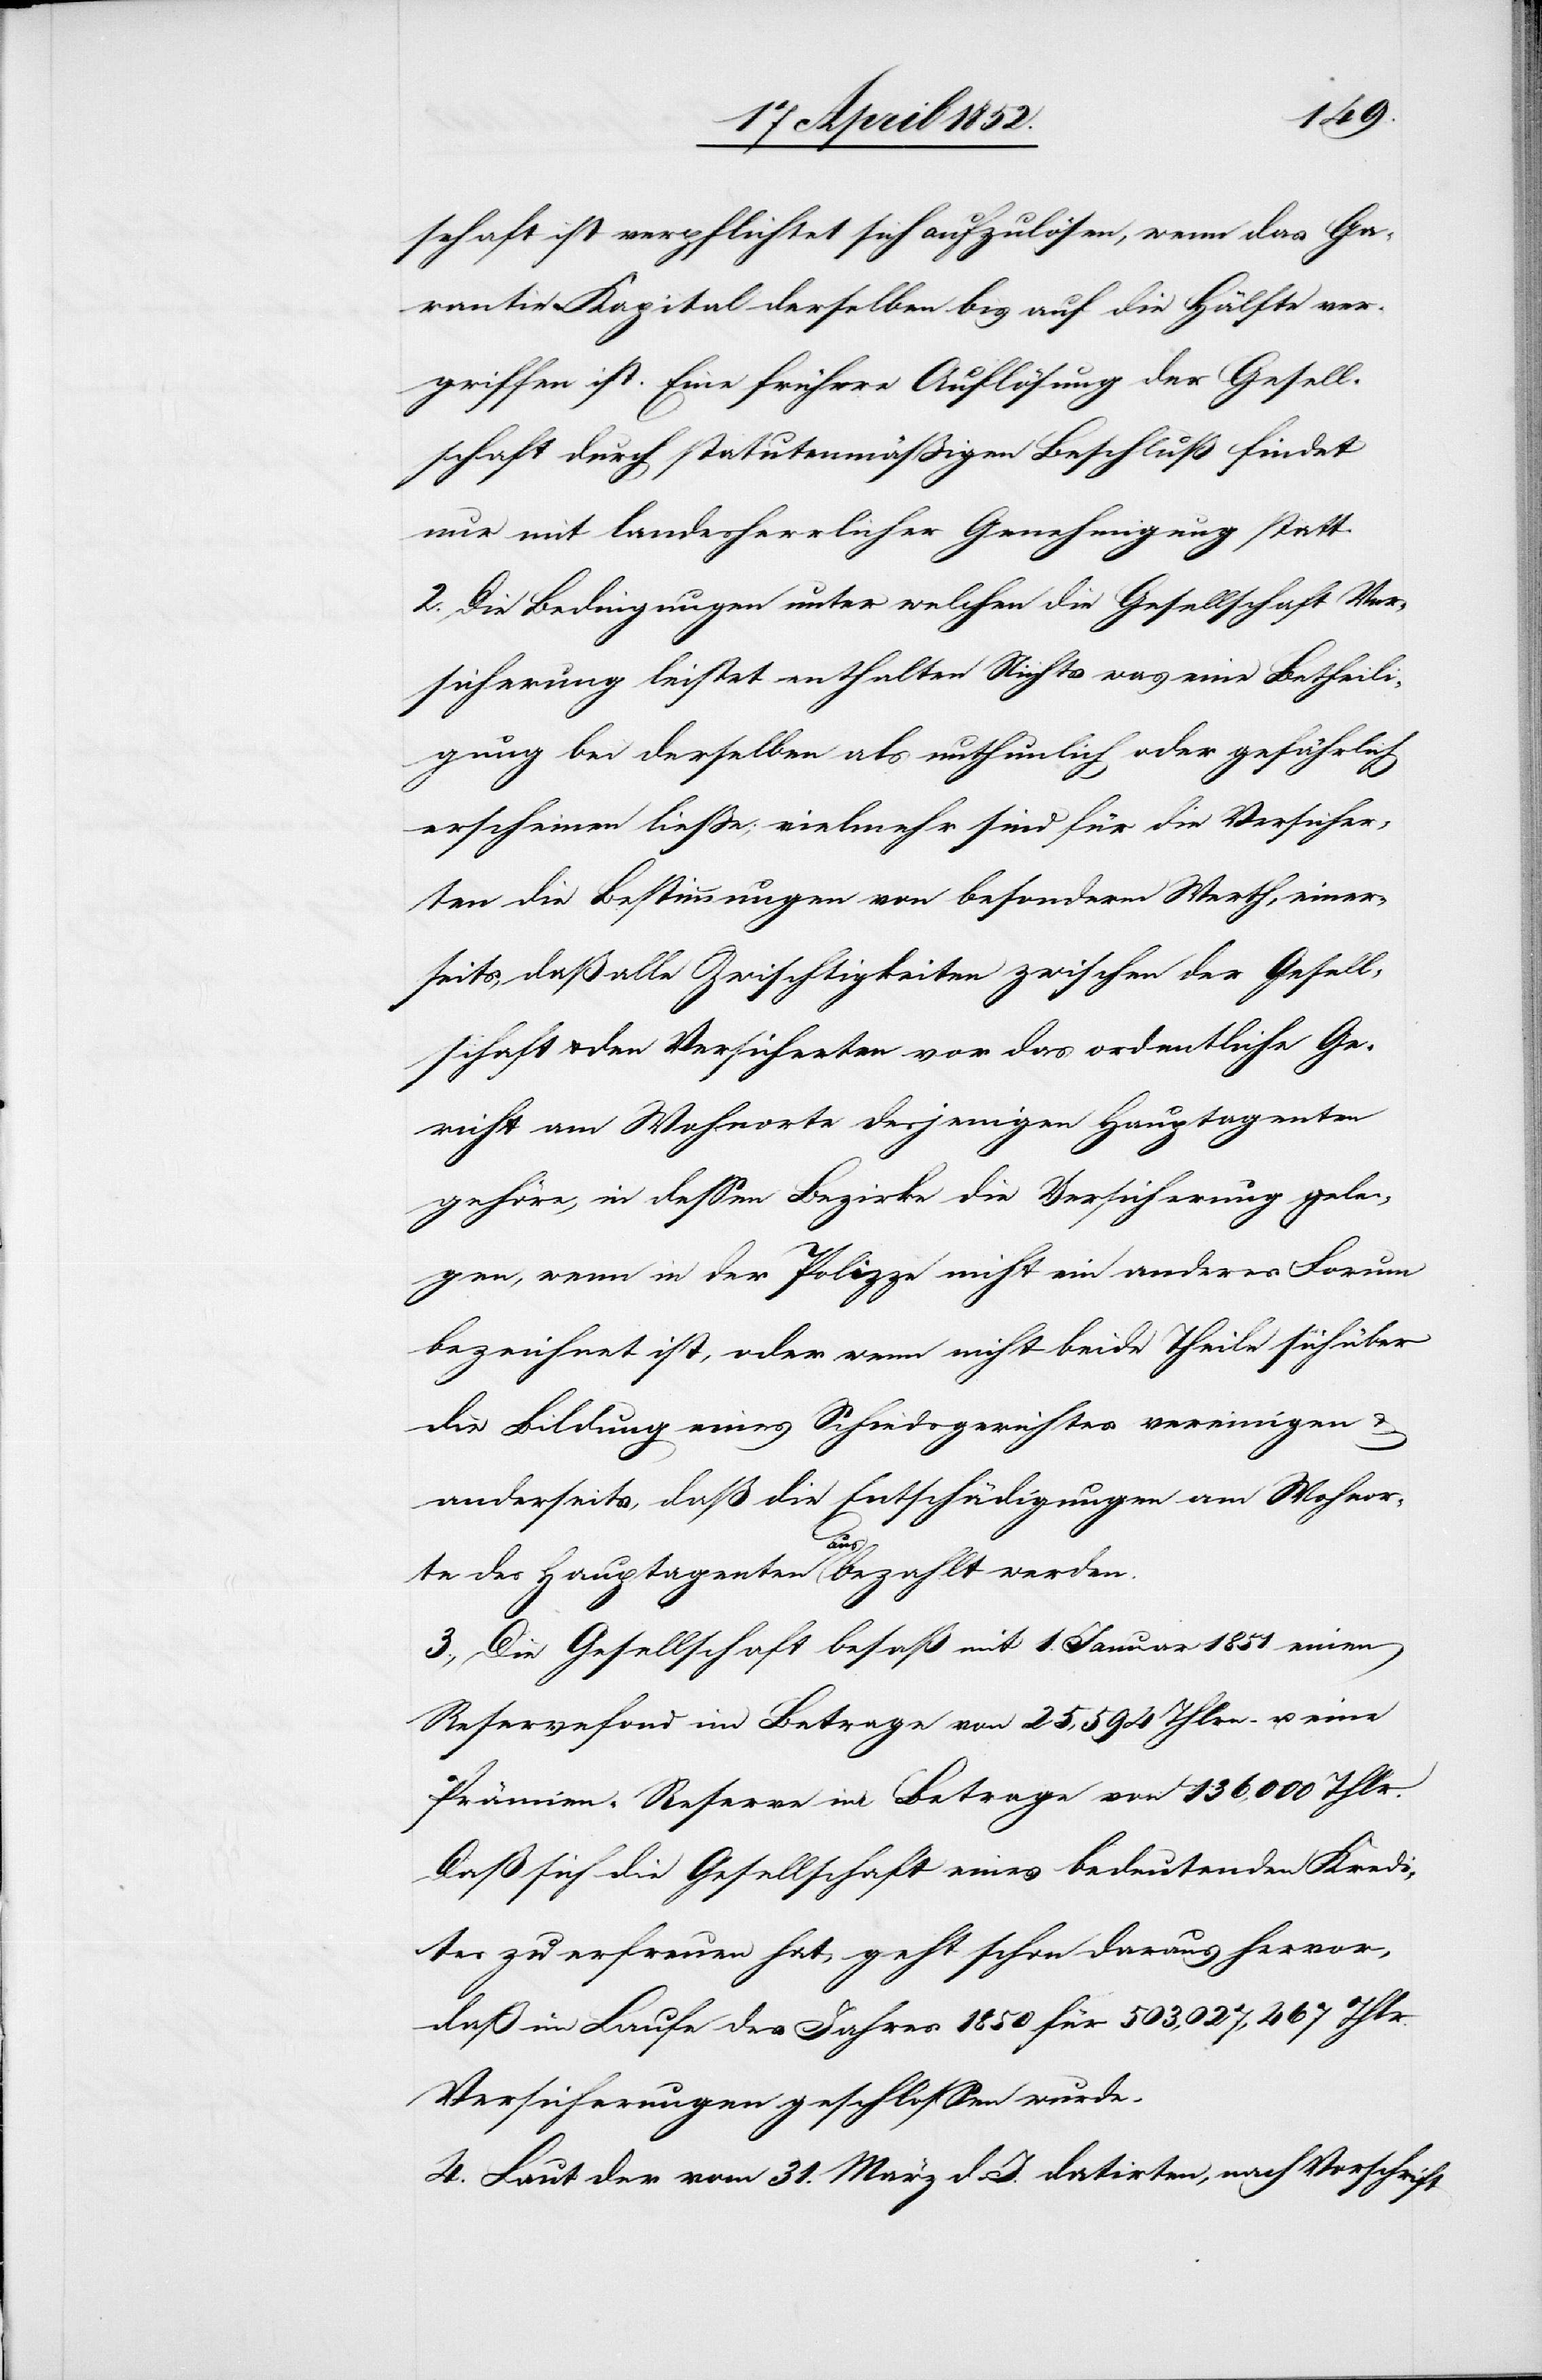
schaft ist verpflichtet sich aufzulösen, wenn das Ga¬
rantie-Kapital derselben bis auf die Hälfte ver¬
griffen ist. Eine frühere Auflösung der Gesell¬
schaft durch statutenmässigen Beschluß findet
nur mit landesherrlicher Genehmigung statt.
2. Die Bedingungen unter welchen die Gesellschaft Ver¬
sicherung leistet enthalten Nichts was eine Betheili¬
gung bei derselben als unthunlich oder gefährlich
erscheinen liesse; vielmehr sind für die Versicher¬
ten die Bestimmungen von besonderm Werth, einer¬
seits, daß alle Zwischtigkeiten [recte: Zwisti¬
schaft & den Versicherten vor das ordentliche Ge¬
richt am Wohnorte desjenigen Hauptagenten
gehöre, in dessen Bezirke die Versicherung gele¬
gen, wenn in der Polizze nicht ein anderes Forum
bezeichnet ist, oder wenn nicht beide Theile sich über
die Bildung eines Schiedsgerichtes vereinigen &
anderseits, daß die Entschädigungen am Wohnor¬
Gesell¬
te des Hauptagenten ausbezahlt werden.
3., Die Gesellschaft besaß mit 1. Januar 1851 einen
Reservefond im Betrage von 25,594 Thlrn. u. eine
Prämien-Reserve im Betrage von 136,000 Thlr.
Daß sich die Gesellschaft eines bedeutenden Kredi¬
tes zu erfreuen hat, geht schon daraus hervor,
daß im Laufe des Jahres 1850 für 503,027,467 Thlr.
Versicherungen geschlossen wurde[n].
4. Laut der vom 31. März d. J. datirten, nach Vorschrift